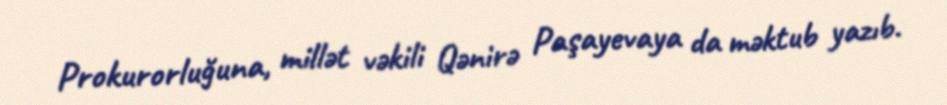
Prokurorluğuna, millət vəkili Qənirə Paşayevaya da məktub yazıb.